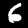
Label: 6